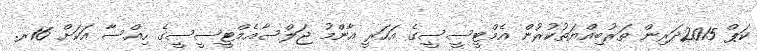
ކަޕް 2015ދަރިން ތަރުބިއްޔަތުކުރުން އެމްޓީސީސީގެ އަހަރީ އާންމު ޖަލްސާއެމްޓީސީސީގެ ހިއްސާ އަކަށް 16ރ.